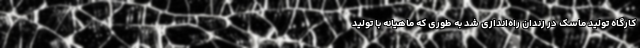
کارگاه تولید ماسک در زندان راه‌اندازی شد به طوری که ماهیانه با تولید